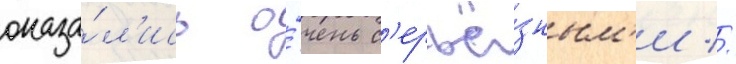
оказа́л'ись о́чень с'ерьё́зным'и //